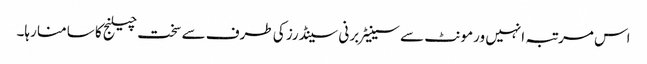
اس مرتبہ انہیں ورمونٹ سے سینیٹر برنی سینڈرز کی طرف سے سخت چیلنج کا سامنا رہا۔